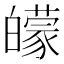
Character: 𤾬